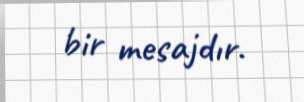
bir mesajdır.